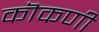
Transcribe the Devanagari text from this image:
कॊकणी